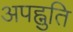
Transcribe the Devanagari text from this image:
अपह्नुति